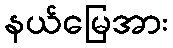
နယ်မြေအား